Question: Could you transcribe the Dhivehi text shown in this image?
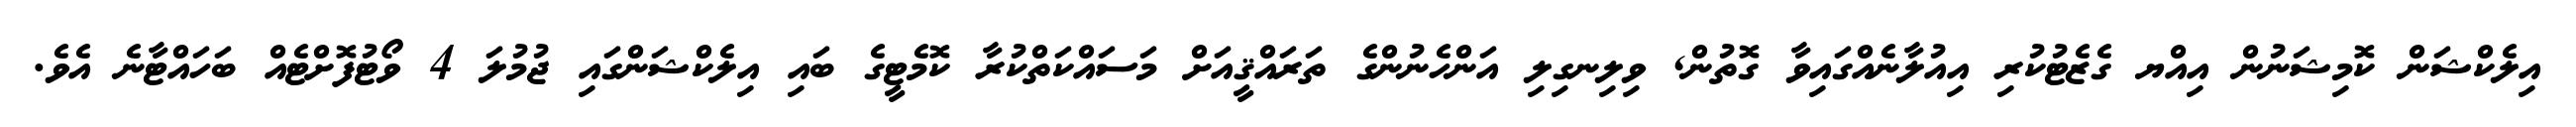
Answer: އިލެކްޝަން ކޮމިޝަނުން އިއްޔ ގެޒެޓުކުރި އިއުލާނެއްގައިވާ ގޮތުން, ވިލިނގިލި އަންހެނުންގެ ތަރައްޤީއަށް މަސައްކަތްކުރާ ކޮމެޓީގެ ބައި އިލެކްޝަންގައި ޖުމުލަ 4 ވޯޓުފޮށްޓެއް ބަހައްޓާނެ އެވެ.